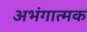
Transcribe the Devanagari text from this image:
अभंगात्मक